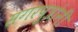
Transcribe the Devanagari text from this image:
सगरपुत्रांनी